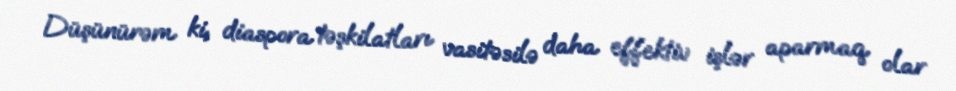
Düşünürəm ki, diaspora təşkilatları vasitəsilə daha effektiv işlər aparmaq olar